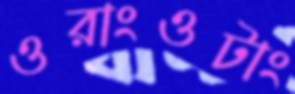
ওরাংওটাং